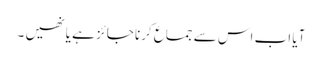
آیا اب اس سے جماع کرنا جائز ہے یا نھیں ۔